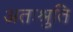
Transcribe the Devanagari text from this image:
अतःश्रुति